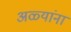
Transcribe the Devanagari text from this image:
अळ्यांना